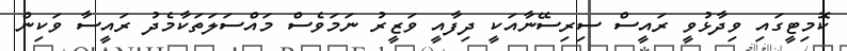
ކޮމިޓީގައި ވިދާޅުވީ ރައީސް ސިރިސޭނާއަކީ ދިފާއީ ވަޒީރު ނަމަވެސް މައްސަލަތަކާމެދު ރައީސާ ވަކިން